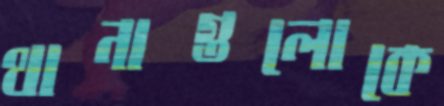
থানাগুলোকে